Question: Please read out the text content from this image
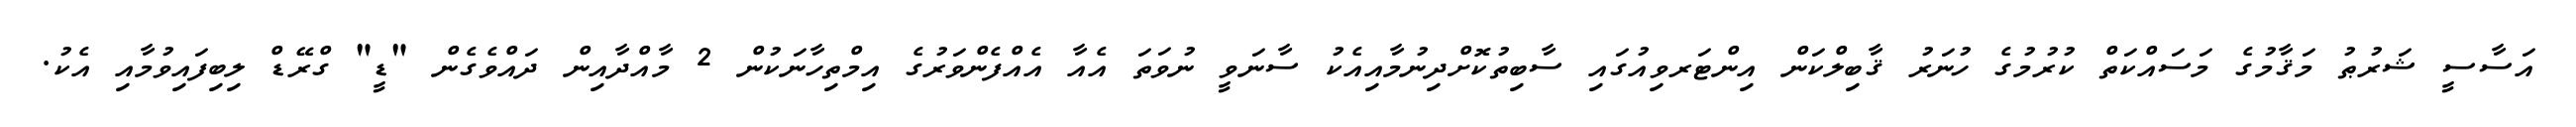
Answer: އަސާސީ ޝަރުޠު މަޤާމުގެ މަސައްކަތް ކުރުމުގެ ހުނަރު ޤާބިލްކަން އިންޓަރވިއުގައި ސާބިތުކޮށްދިނުމާއިއެކު ސާނަވީ ނުވަތަ އެއާ އެއްފެންވަރުގެ އިމްތިހާނަކުން 2 މާއްދާއިން ދައްވެގެން "ޑީ" ގްރޭޑް ލިބިފައިވުމާއި އެކު.